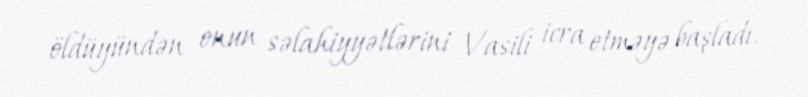
öldüyündən onun səlahiyyətlərini Vasili icra etməyə başladı.